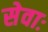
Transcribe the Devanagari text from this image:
सेवाः